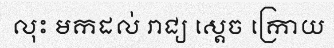
លុះ មកដល់ រាជ្យ ស្តេច ក្រោយ